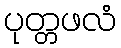
ပုတ္တဖလံ